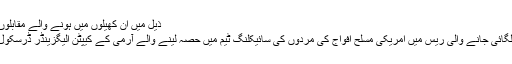
ذیل میں اِن کھیلوں میں ہونے والے مقابلوں کی جھلکیاں پیش کی جا رہی ہیں:
مرد سائیکل سواروں کی سڑک پر لگائی جانے والی ریس میں امریکی مسلح افواج کی مردوں کی سائیکلنگ ٹیم میں حصہ لینے والے آرمی کے کیپٹن الیگزینڈر ڈرسکول درمیان میں سائیکل چلا رہے ہیں۔